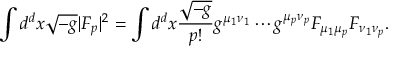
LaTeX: \int d ^ { d } x \sqrt { - g } | F _ { p } | ^ { 2 } = \int d ^ { d } x { \frac { \sqrt { - g } } { p ! } } g ^ { \mu _ { 1 } \nu _ { 1 } } \cdots g ^ { \mu _ { p } \nu _ { p } } F _ { \mu _ { 1 } \mu _ { p } } F _ { \nu _ { 1 } \nu _ { p } } .